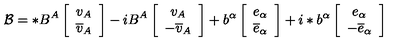
\mathcal { B } = * B ^ { A } \left[ \begin{array} { c } { v _ { A } } \\ { \overline { { v } } _ { A } } \\ \end{array} \right] - i B ^ { A } \left[ \begin{array} { c } { v _ { A } } \\ { - \overline { { v } } _ { A } } \\ \end{array} \right] + b ^ { \alpha } \left[ \begin{array} { c } { e _ { \alpha } } \\ { \overline { { e } } _ { \alpha } } \\ \end{array} \right] + i * b ^ { \alpha } \left[ \begin{array} { c } { e _ { \alpha } } \\ { - \overline { { e } } _ { \alpha } } \\ \end{array} \right]